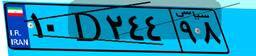
۶۱D۲۹۷۳۰